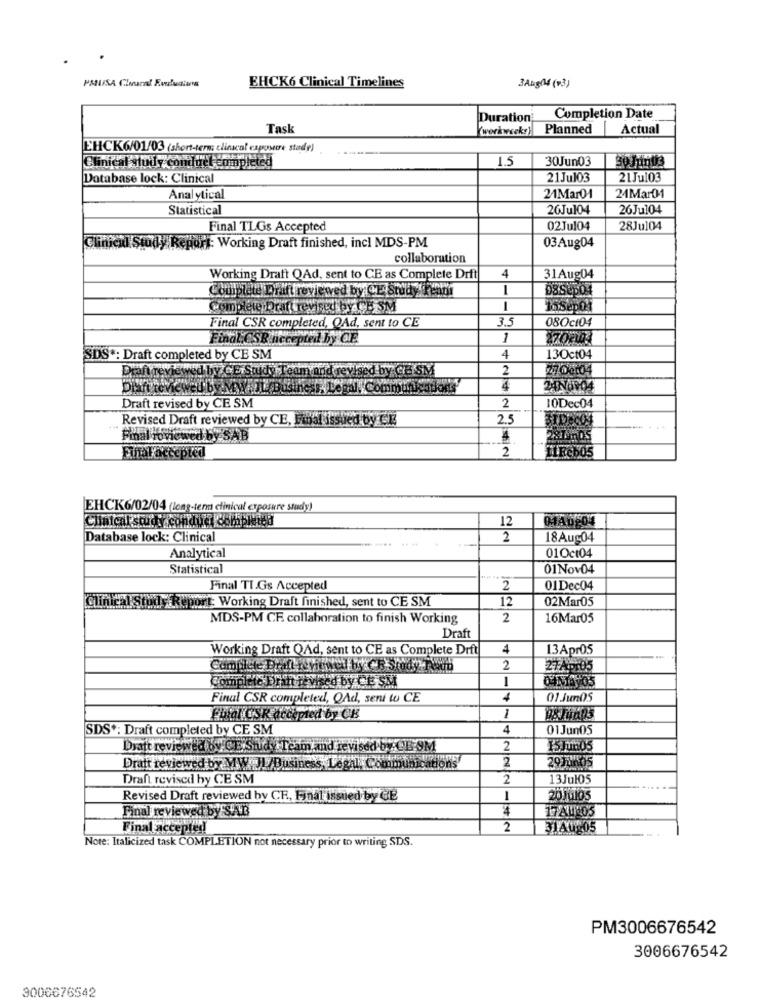
EHCK6 Clinical Timelines
3Ang(4 (13)
Duration
Completion Date
Task
(werkweek:) Planned
Actual
EHCK6/01/03 (short-term: clinical exposure stade)
Clinical study conduct completed
1.5
30Jun03
Database lock: Clinical
21Jul03
21Jul03
Analytical
21Mar01
24Mar01
Statistical
26Jul04
26Jul04
Final TLGs Accepted
02Jul04
28Jul04
"#: Working Draft finished, incl MDS-PM
03Aug04
collaboration
Working Draft QAd, sent to CE as Complete Drft
4
31Aug04
complete Drift reviewed by CE Sruby kendi
-
Complete Dratt revised by CE SM
Final CSR completed, OAd, sent to CE
3.5
08Oct04
Final CSR necepted by CE
1
SDS *: Draft completed by CE SM
4
13Oct04
Draftreviewed by CE Study Team and revised by GEISM
2
27.00104
4
Draft revised by CE SM
2
10Dec04
Revised Draft reviewed by CE, Final issued by CE
25
Fmal Hoviewed
wed by SAB
4
2
Final accepted
EHCK6/02/04 (long-term clinical exposure study)
Clinical study conduct completed
12
01A0$04
Database lock: Clinical
2
18Aug04
Analytical
01Oct04
Statistical
01Nov04
Final TI.Gs Accepted
2
01Dec04
at: Working Draft finished, sent to CE SM
12
02Mar05
MDS-PM CE collaboration to finish Working
2
16Mar05
Draft
Working Draft QAd, sent to CE as Complete Drft
4
13Apr05
Complete Draft reviewed by
2
27Apr05
Complete Bran revista
1
trevihed by CE SM
Final CSR completed, QAd, seni to CE
4
01JunOS
Fhial CSR accepted by CB
1
SDS *: Draft completed by CE SM
4
01Jun05
Dratt reviewed by CE:Study Team and revised by CE:9M
2
15 Jun05
2
Dratt reviewed by MW././Business Legal, Communications
Draft revised by CE SM
2
13Jul05
Revised Draft reviewed by CE, Final issued by GE
1
20 10105
Final reviewed by SUB
Final accepted
2
31A0205
Note: Italicized task COMPLETION not necessary prior to writing SDS.
PM3006676542
3006676542
3006676542